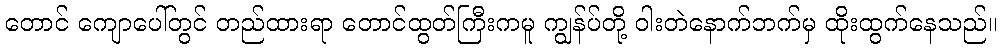
တောင် ကျောပေါ်တွင် တည်ထားရာ တောင်ထွတ်ကြီးကမူ ကျွန်ပ်တို့ ဝါးတဲနောက်ဘက်မှ ထိုးထွက်နေသည်။